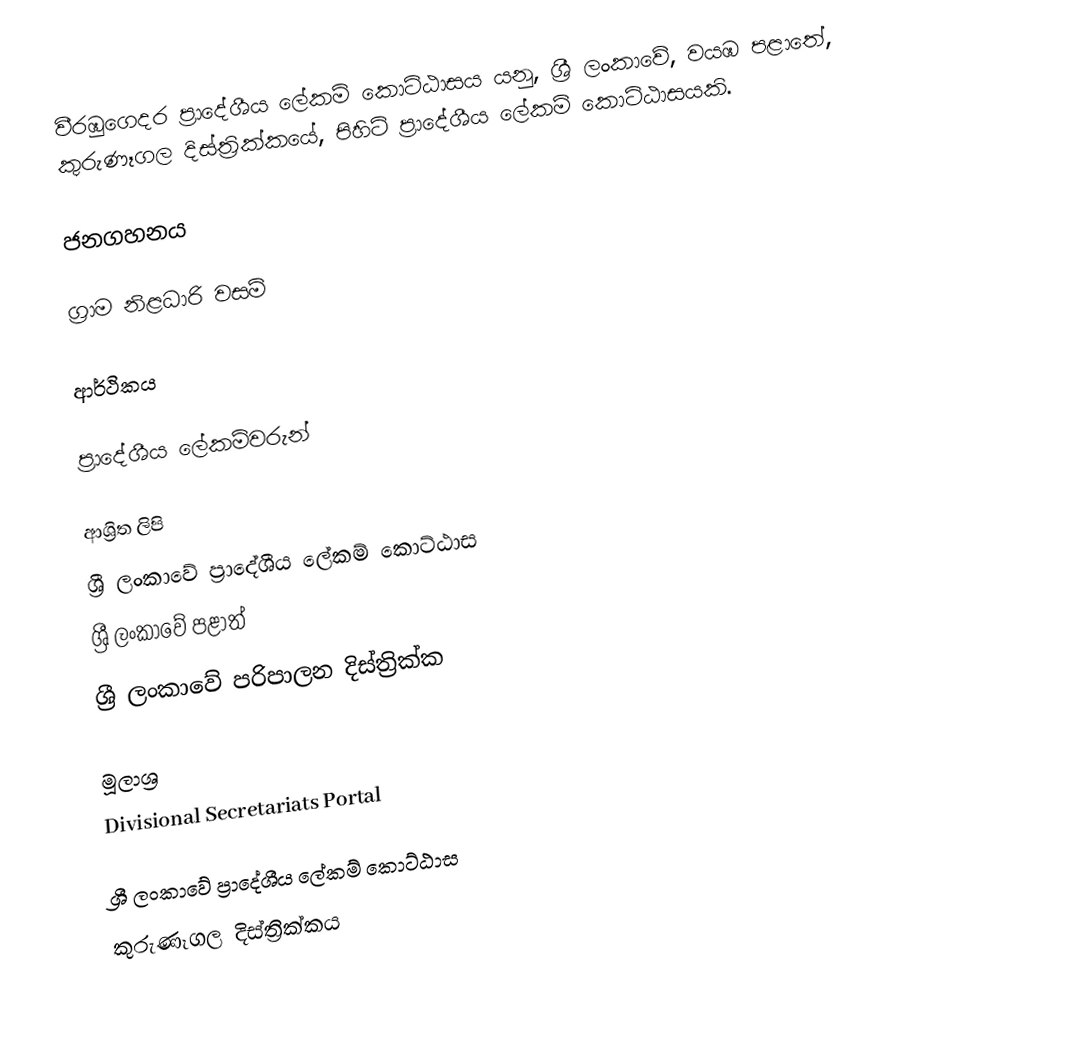
වීරඹුගෙදර ප්‍රාදේශීය ලේකම් කොට්ඨාසය යනු,  ශ්‍රී ලංකාවේ, වයඹ පළාතේ,   කුරුණෑගල දිස්ත්‍රික්කයේ, පිහිටි ප්‍රාදේශීය ලේකම් කොට්ඨාසයකි.

ජනගහනය

ග්‍රාම නිළධාරි වසම්

ආර්ථිකය

ප්‍රාදේශීය ලේකම්වරුන්

ආශ්‍රිත ලිපි
ශ්‍රී ලංකාවේ ප්‍රාදේශීය ලේකම් කොට්ඨාස
ශ්‍රී ලංකාවේ පළාත්
ශ්‍රී ලංකාවේ පරිපාලන දිස්ත්‍රික්ක

මූලාශ්‍ර
 Divisional Secretariats Portal

ශ්‍රී ලංකාවේ ප්‍රාදේශීය ලේකම් කොට්ඨාස
කුරුණෑගල දිස්ත්‍රික්කය